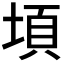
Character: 𭎸